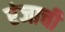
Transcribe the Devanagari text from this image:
रंजाची